Report on the working of the Ranchi Indian Mental Hospital, Kanke, in Bihar and Orissa - 1930-1940
Year: 1930
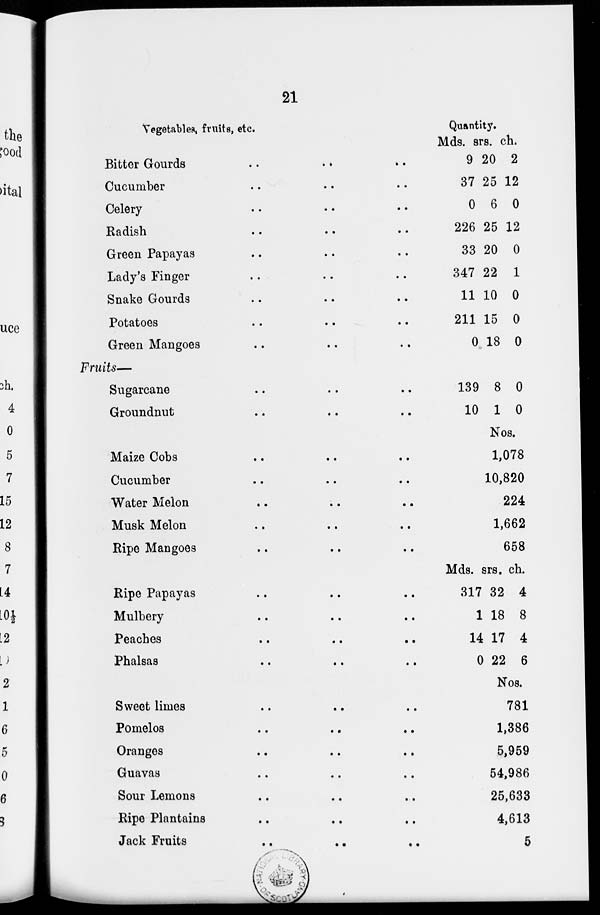
21
Vegetables, fruits, etc.
Bitter Gourds
..
...
...
Cucumber .. .. ..
Celery .. .. ..
Radish .. .. ..
Green Papayas .. .. ..
Lady's Finger .. .. ..
Snake Gourds .. .. ..
Potatoes .. .. ..
Green Mangoes .. .. ..
Fruits—
Sugarcane .. .. ..
Groundnut .. .. ..
Maize Cobs .. .. ..
Cucumber .. .. ..
Water Melon .. .. ..
Musk Melon .. .. ..
Ripe Mangoes .. .. ..
Ripe Papayas .. .. ..
Mulbery .. .. ..
Peaches
..
..
..
Phalsas .. .. ..
Sweet limes .. .. ..
Pomelos .. .. ..
Oranges .. .. ..
Guavas .. .. ..
Sour Lemons .. .. ..
Ripe Plantains .. .. ..
Jack Fruits .. .. ..
Quantity.
Mds.
9
37
0
226
33
347
11
211
0
srs.
20
25
6
25
20
22
10
15
18
ch.
2
12
0
12
0
1
0
0
0
139
10
8
1
0
0
Nos.
1,078
10,820
224
1,662
658
Mds.
317
1
14
0
srs.
32
18
17
22
ch.
4
8
4
6
Nos.
781
1,386
5,959
54,986
25,633
4,613
5